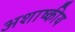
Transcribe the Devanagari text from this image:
अशाष्कीय